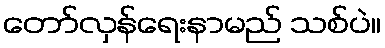
တော်လှန်ရေးနာမည် သစ်ပဲ။